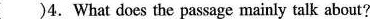
( ) 4.What does the passage mainly talk about?